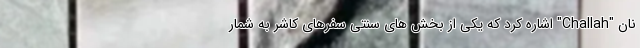
نان "Challah" اشاره کرد که یکی از بخش های سنتی سفرهای کاشر به شمار